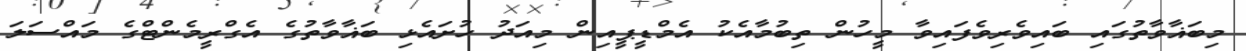
މިބަޣާވާތުގައި ބައިވެރިވެފައިވާ މީހުން ތިބުމާއެކު އެމްޑީޕީއިން މިއަދު ހުށައެޅި ބަޣާވާތުގެ އެގްރީމެންޓްގެ މައްސަލަ